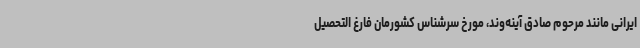
ایرانی مانند مرحوم صادق آینه‌وند، مورخ سرشناس کشورمان فارغ التحصیل